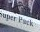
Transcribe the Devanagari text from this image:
गालिब।